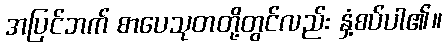
အပြင်ဘက် စာပေသုတတို့တွင်လည်း နှံ့စပ်ပါ၏။